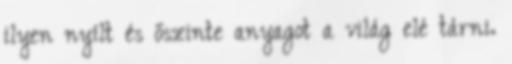
ilyen nyílt és őszinte anyagot a világ elé tárni.